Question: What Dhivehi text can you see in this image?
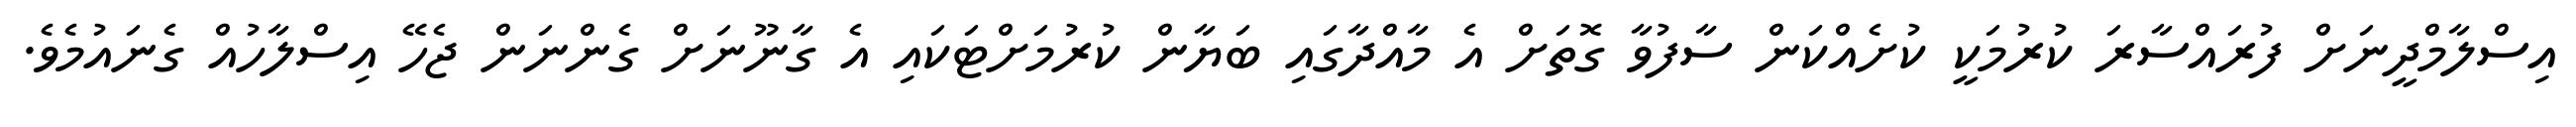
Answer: އިސްލާމްދީނަށް ފުރައްސާރަ ކުރުމަކީ ކުށެއްކަން ސާފުވާ ގޮތަށް އެ މާއްދާގައި ބަޔާން ކުރުމަށްޓަކައި އެ ގާނޫނަށް ގެންނަން ޖެހޭ އިސްލާހުއް ގެނައުމެވެ.